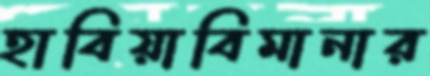
হাবিয়াবিমানার